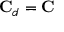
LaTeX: \mathbf { C } _ { d } = \mathbf { C }